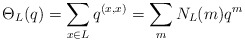
\begin{align*}\Theta_L(q) = \sum_{x \in L}q^{( x,x)} = \sum_m N_L(m) q^{m}\end{align*}